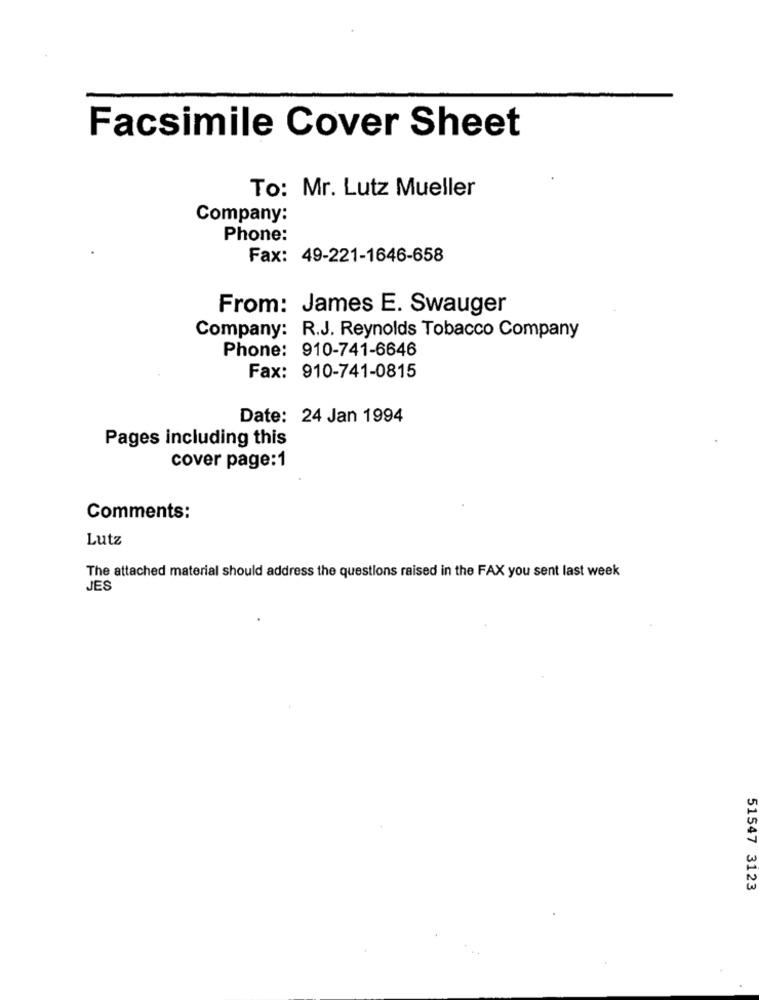
Facsimile Cover Sheet
To: Mr. Lutz Mueller
Company:
Phone:
Fax: 49-221-1646-658
From: James E. Swauger
Company: R.J. Reynolds Tobacco Company
Phone: 910-741-6646
Fax: 910-741-0815
Date: 24 Jan 1994
Pages including this
cover page:1
Comments:
Lutz
The attached material should address the questions raised in the FAX you sent last week
JES
51547 3123